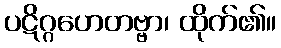
ပဋိဂ္ဂဟေတဗ္ဗာ၊ ထိုက်၏။